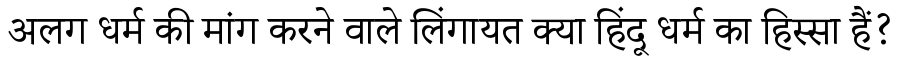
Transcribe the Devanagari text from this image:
अलग धर्म की मांग करने वाले लिंगायत क्या हिंदू धर्म का हिस्सा हैं?